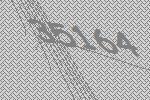
35164